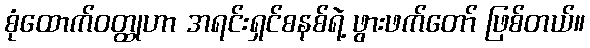
စုံထောက်ဝတ္ထုဟာ အရင်းရှင်စနစ်ရဲ့ ဖွားဖက်တော် ဖြစ်တယ်။